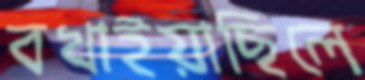
বখাইয়াছিলে